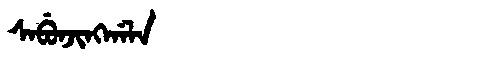
Manchu: ᠰᠠᠪᡠᠨᠵᡳᠩᡤᠠᠯᠠ
Romanization: SABUNJINGGALA